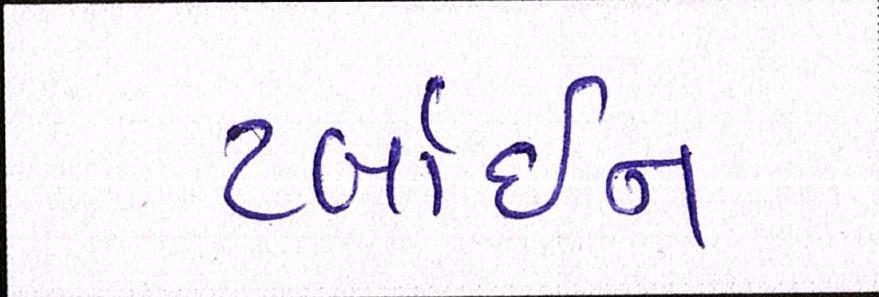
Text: ટર્બાઇન